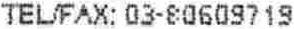
TEL/FAX: 03-80609719